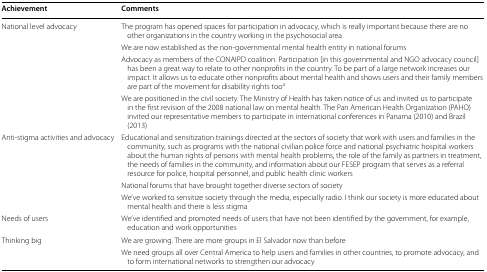
<table><thead><tr><td><b>Achievement</b></td><td><b>Comments</b></td></tr></thead><tbody><tr><td rowspan="4">National level advocacy</td><td>The program has opened spaces for participation in advocacy, which is really important because there are no other organizations in the country working in the psychosocial area</td></tr><tr><td>We are now established as the non-governmental mental health entity in national forums</td></tr><tr><td>Advocacy as members of the CONAIPD coalition. Participation [in this governmental and NGO advocacy council] has been a great way to relate to other nonprofits in the country. To be part of a large network increases our impact. It allows us to educate other nonprofits about mental health and shows users and their family members are part of the movement for disability rights too<sup>a</sup></td></tr><tr><td>We are positioned in the civil society. The Ministry of Health has taken notice of us and invited us to participate in the first revision of the 2008 national law on mental health. The Pan American Health Organization (PAHO) invited our representative members to participate in international conferences in Panama (2010) and Brazil (2013)</td></tr><tr><td rowspan="3">Anti-stigma activities and advocacy</td><td>Educational and sensitization trainings directed at the sectors of society that work with users and families in the community, such as programs with the national civilian police force and national psychiatric hospital workers about the human rights of persons with mental health problems, the role of the family as partners in treatment, the needs of families in the community, and information about our FESEP program that serves as a referral resource for police, hospital personnel, and public health clinic workers</td></tr><tr><td>National forums that have brought together diverse sectors of society</td></tr><tr><td>We’ve worked to sensitize society through the media, especially radio. I think our society is more educated about mental health and there is less stigma</td></tr><tr><td>Needs of users</td><td>We’ve identified and promoted needs of users that have not been identified by the government, for example, education and work opportunities</td></tr><tr><td rowspan="2">Thinking big</td><td>We are growing. There are more groups in El Salvador now than before</td></tr><tr><td>We need groups all over Central America to help users and families in other countries, to promote advocacy, and to form international networks to strengthen our advocacy</td></tr></tbody></table>